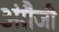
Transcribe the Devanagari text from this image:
अंग्रैजी